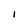
Character: I